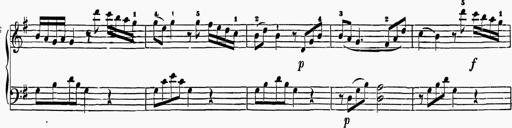
Title: 6 Sonatas
Composer: Muzio Clementi